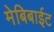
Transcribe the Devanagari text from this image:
मेबिबाईट